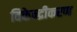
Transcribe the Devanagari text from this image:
विकेन्‍द्रीकरण